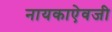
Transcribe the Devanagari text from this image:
नायकाऐवजी